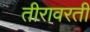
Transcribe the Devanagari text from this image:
तीरावरती